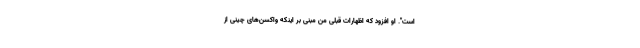
است". او افزود که اظهارات قبلی من مبنی بر اینکه واکسن‌های چینی از